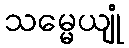
သမ္မေယျုံ